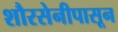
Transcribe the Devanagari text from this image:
शौरसेनीपासून